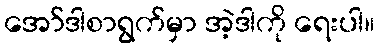
အော်ဒါစာရွက်မှာ အဲ့ဒါကို ရေးပါ။